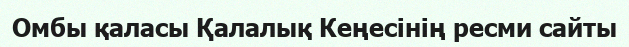
Омбы қаласы Қалалық Кеңесінің ресми сайты